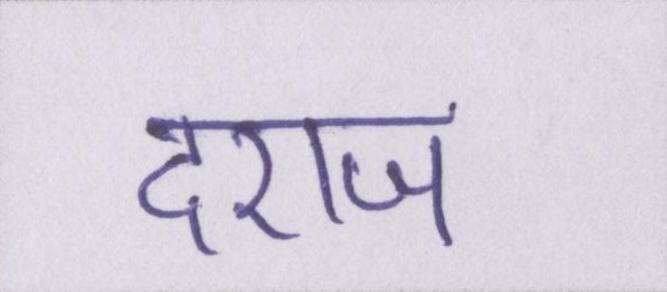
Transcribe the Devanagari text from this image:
दराज